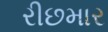
રીછમાર